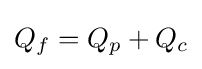
Q_{f}=Q_{p}+Q_{c}